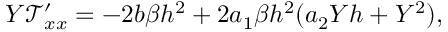
Y \mathcal { T } _ { x x } ^ { \prime } = - 2 b \beta h ^ { 2 } + 2 a _ { 1 } \beta h ^ { 2 } ( a _ { 2 } Y h + Y ^ { 2 } ) ,